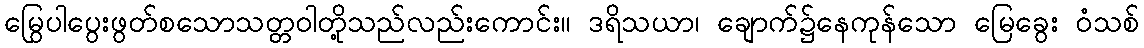
မြွေပါပွေးဖွတ်စသောသတ္တဝါတို့သည်လည်းကောင်း။ ဒရိသယာ၊ ချောက်၌နေကုန်သော မြေခွေး ဝံသစ်